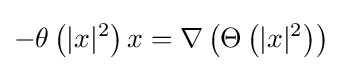
-\theta \left(|x|^{2}\right)x=\nabla \left(\Theta \left(|x|^{2}\right)\right)